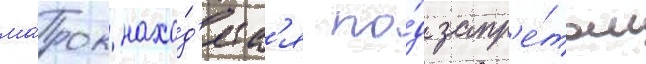
ма́рок нахо́д'итс'я по́д запр'е́том